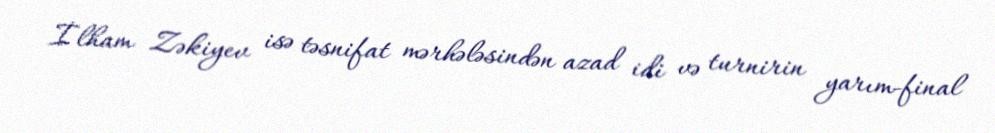
İlham Zəkiyev isə təsnifat mərhələsindən azad idi və turnirin yarım-final